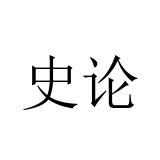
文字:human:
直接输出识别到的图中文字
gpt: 史论